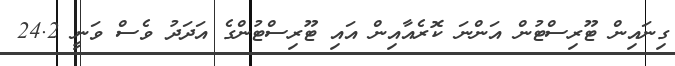
ގިނައިން ޓޫރިސްޓުން އަންނަ ކޮރެއާއިން އައި ޓޫރިސްޓުންގެ އަދަދު ވެސް ވަނީ 24.2